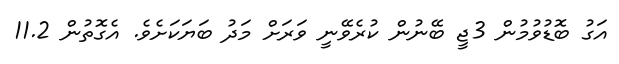
އަގު ބޮޑުވުމުން 3ޖީ ބޭނުން ކުރެވޭނީ ވަރަށް މަދު ބަޔަކަށެވެ. އެގޮތުން 11.2